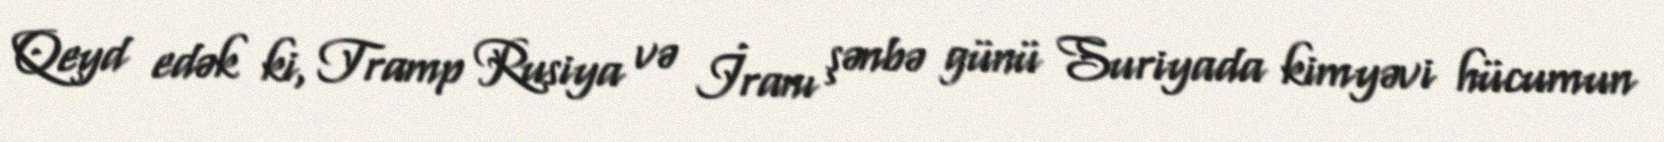
Qeyd edək ki, Tramp Rusiya və İranı şənbə günü Suriyada kimyəvi hücumun